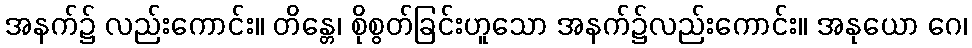
အနက်၌ လည်းကောင်း။ တိန္တေ၊ စိုစွတ်ခြင်းဟူသော အနက်၌လည်းကောင်း။ အနုယော ဂေ၊